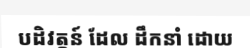
បដិវត្តន៍ ដែល ដឹកនាំ ដោយ